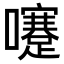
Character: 𡄓